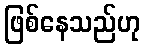
ဖြစ်နေသည်ဟု